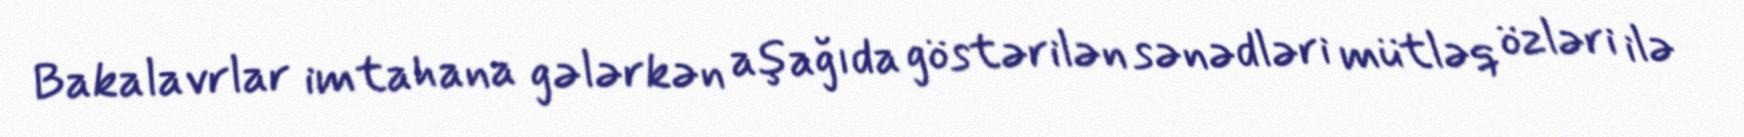
Bakalavrlar imtahana gələrkən aşağıda göstərilən sənədləri mütləq özləri ilə